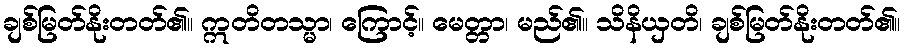
ချစ်မြတ်နိုးတတ်၏။ ဣတိတသ္မာ၊ ကြောင့်။ မေတ္တာ၊ မည်၏။ သိနိယှတိ၊ ချစ်မြတ်နိုးတတ်၏။